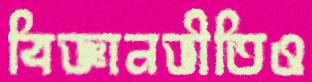
বিজ্ঞানভীতিও